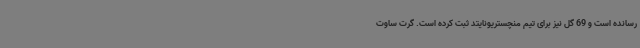
رسانده است و 69 گل نیز برای تیم منچستریونایتد ثبت کرده است. گرت ساوت